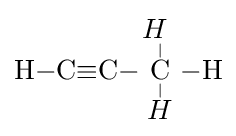
{\mathrm {H} {-}\mathrm {C} {\equiv }\mathrm {C} }{-}{\overset {\displaystyle {H}~ \atop |}{\underset {| \atop \displaystyle {H}}{\mathrm {C} }}}{{-}\mathrm {H} }